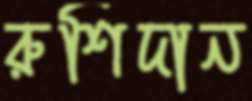
রুশিদান